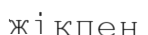
жікпен